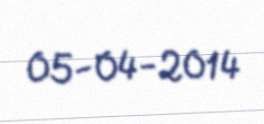
05-04-2014